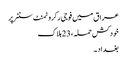
عراق میں فوجی رکروٹمنٹ سنٹر پر
خودکش حملہ ، 23 ہلاک
بغداد ۔